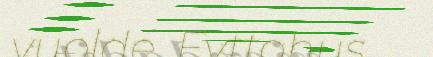
vuolde. Evttohus